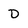
Character: D